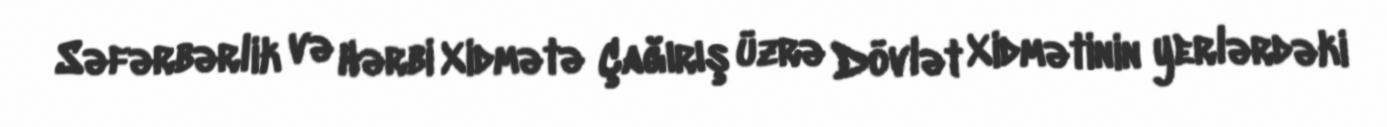
Səfərbərlik və Hərbi Xidmətə Çağırış üzrə Dövlət Xidmətinin yerlərdəki